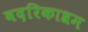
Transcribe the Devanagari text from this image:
वदरिकाश्रम